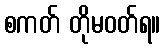
စကတ် တိုမဝတ်ရ။